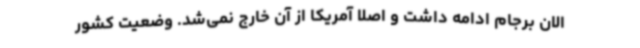
الان برجام ادامه داشت و اصلا آمریکا از آن خارج نمی‌شد. وضعیت کشور